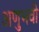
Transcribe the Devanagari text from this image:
अणुभवी